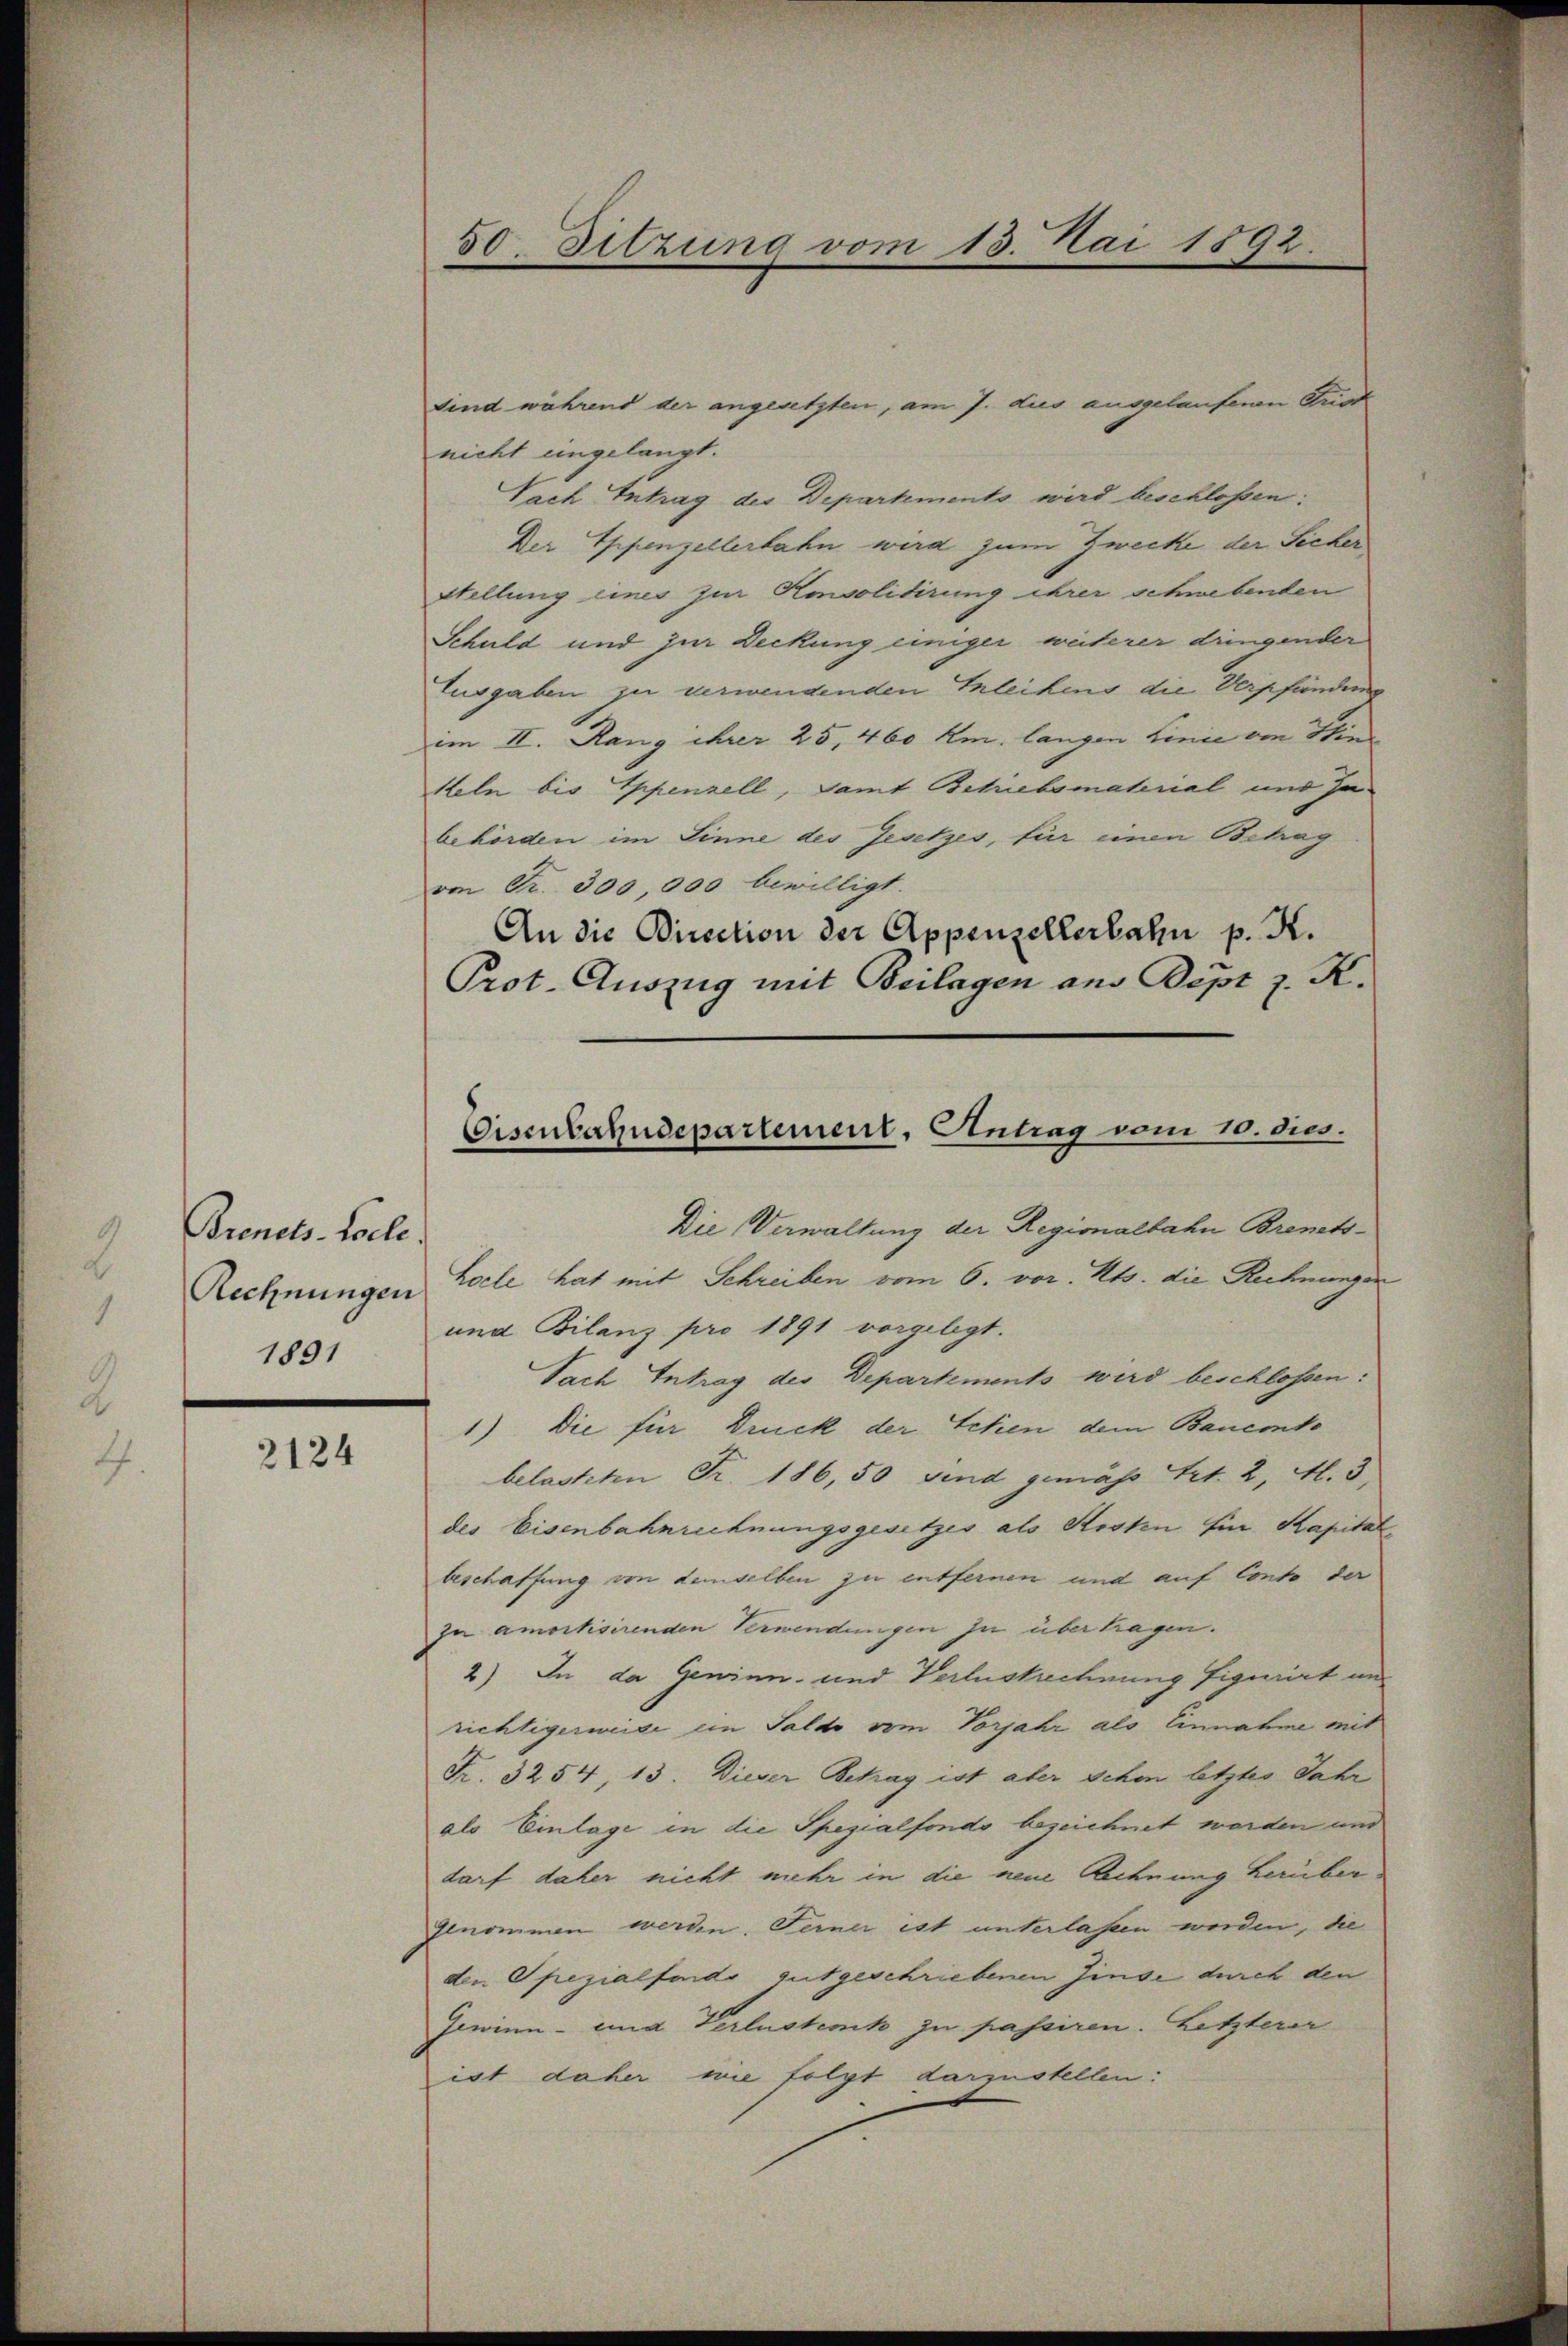
Brents-Colle
Rechnungen
1891

2124

50. Sitzung vom 13. Mai 1892.

sind während der angesetzten, am 7. dies ausgelaufenen Grad
nicht eingelangt.
Sach Intrag der Departements wird beschlossen:
Der Appenzellerbahn wird zum Zwecke der Sicher
Stellung eines zur Ansolidirung ihrer schwebenden
Schuld und zur Deckung einiger weiterer dringender
Eusgaben zu verwendenden Erleihens die Verpfändung
im II. Rang ihrer 25, 460 km. langen Linie von Hin
heln bis Eppenzell, samt Betriebsmatrial und Jabehörden im Sinne des Gesetzes, für einen Betrag
von Fr. 300,000 bewilligt.
An die Direction der Appenzellerbahn p. K.
Prot. Auszug mit Beilagen aus Dept z. K.
Die Verwaltung der Regionalbahn Bremets¬
Locle hat mit Schreiben vom 6. vor. Mts. die Rechnunger
und Bilanz pro 1891 vorgelegt.
Sach Intrag des Departements wird beschlossen:
1) Die für Druck der Schen dem Bauerto
belasteten Fr. 186, 50 sind gemäss Art. 2, Al. 3
des Eisenbahnrechnungsgesetzes als Kosten Ein Kapital,
beschaffung von demselben zu entfernen und auf Conto der
zu amortisirenden Verwendungen zu übertragen.
2) In da Gewinn- und Verlustrechnung figurirt un
richtigermise in Saldo vom Vorjahr als Einnahme mit
Fr. 3254, 13. Dieser Betrag ist aber sehen letztes Jahr
als Einlage in die Spezialfondo bezeichnet werden und
darf daher nicht mehr in die neue Rechnung herüber¬
Genommen werden. Ferner ist unterlassen werden, die
den Spezialfonds gutgeschriebenen Zinse durch den
Gewinn- und Verlustenk zu passiren. Letzterer
ist daher wie folgt darzustellen:

Eisenbahndepartement, Antrag vom 10. dies.